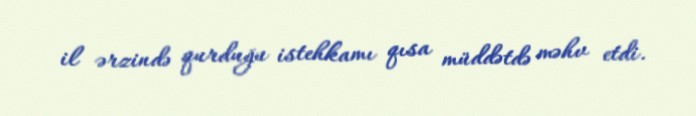
il ərzində qurduğu istehkamı qısa müddətdə məhv etdi.